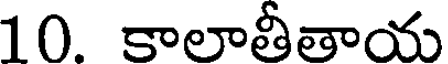
10. కాలాతీతాయ